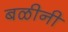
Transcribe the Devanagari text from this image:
बळीनी